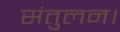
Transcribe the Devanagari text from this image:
संतुलन।